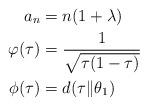
LaTeX: \begin{align*}a_n&=n(1+\lambda) \\\varphi(\tau)&=\frac{1}{\sqrt{\tau(1-\tau)}} \\ \phi(\tau) &= d(\tau\|\theta_1)\end{align*}